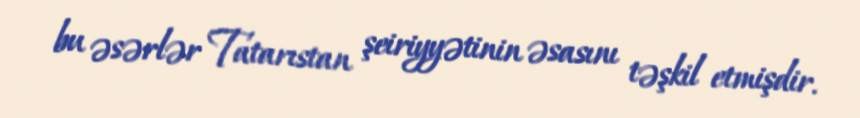
bu əsərlər Tatarıstan şeiriyyətinin əsasını təşkil etmişdir.